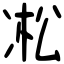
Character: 凇